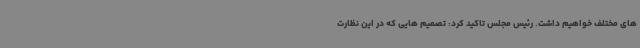
های مختلف خواهیم داشت. رئیس مجلس تاکید کرد: تصمیم هایی که در این نظارت